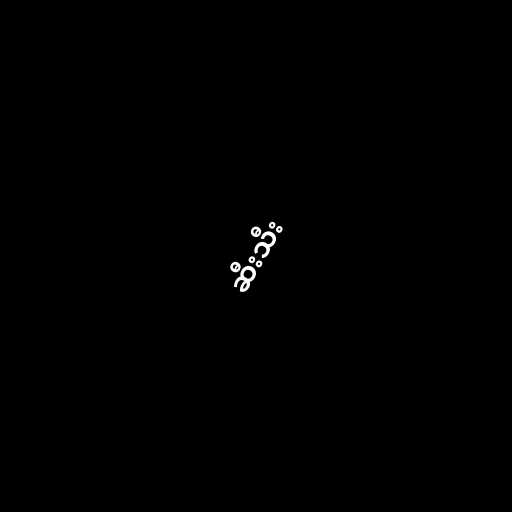
ဆီးသီး